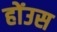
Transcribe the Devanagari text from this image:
होंउस